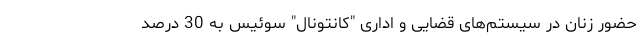
حضور زنان در سیستم‌های قضایی و اداری "کانتونالِ" سوئیس به 30 درصد